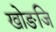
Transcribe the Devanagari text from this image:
खोङजि